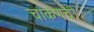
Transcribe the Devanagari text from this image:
चाकणची